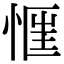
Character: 𢝎